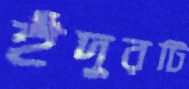
ইঁদুরটি